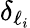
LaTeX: {\delta_{\ell_{i}}}